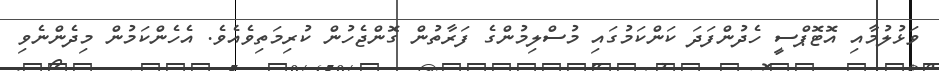
ވަޅުލުމާއި އޮޓޮޕްސީ ހެދުންފަދަ ކަންކަމުގައި މުސްލިމުންގެ ފަރާތުން ގޮންޖެހުން ކުރިމަތިވެއެވެ. އެހެންކަމުން މިދެންނެވި